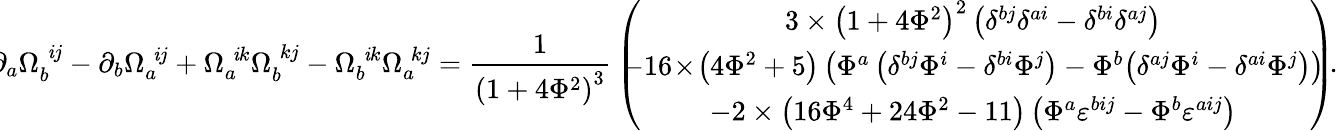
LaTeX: \! \! \partial_{a}\Omega_{b}^{\; \mathit{i}j}-\partial_{b}\Omega_{a}^{\; \mathit{i}j}+\Omega_{a}^{\; \mathit{i}k}\Omega_{b}^{\; kj}-\Omega_{b}^{\; \mathit{i}k}\Omega_{a}^{\; kj}=\frac{1}{{\left(1+4\Phi^{2}\right)^{3}}}\, \left(\! \! \! \! \begin{array}{c}{{3\times\left(1+4\Phi^{2}\right)^{2}\left(\delta^{bj}\delta^{ai}-\delta^{bi}\delta^{aj}\right)}}\\ {{-16\! \times\! \left(4\Phi^{2}+5\right)\left(\Phi^{a}\left(\delta^{bj}\Phi^{i}-\delta^{bi}\Phi^{j}\right)-\Phi^{b}\! \left(\delta^{aj}\Phi^{i}-\delta^{ai}\Phi^{j}\right)\right)}}\\ {{-2\times\left(16\Phi^{4}+24\Phi^{2}-11\right)\left(\Phi^{a}\varepsilon^{bij}-\Phi^{b}\varepsilon^{aij}\right)}}\end{array}\! \! \! \right)\! .